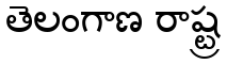
తెలంగాణ రాష్ట్ర